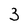
Character: 3